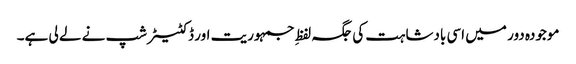
موجودہ دور میں اسی بادشاہت کی جگہ لفظِ جمہوریت اور ڈکٹیٹر شپ نے لے لی ہے۔